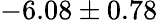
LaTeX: -6.08\pm 0.78